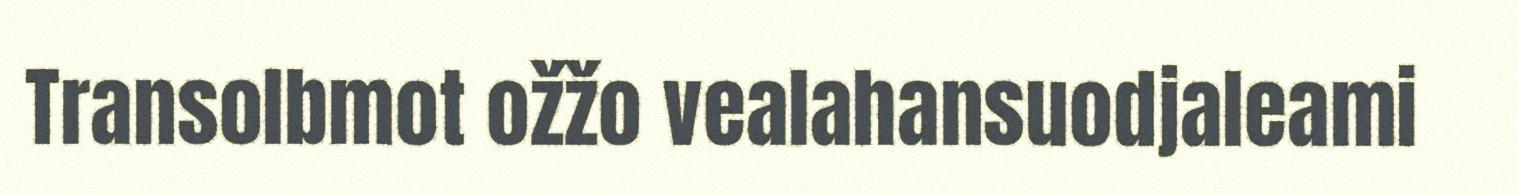
Transolbmot ožžo vealahansuodjaleami